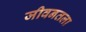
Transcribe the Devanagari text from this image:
जीवनतला